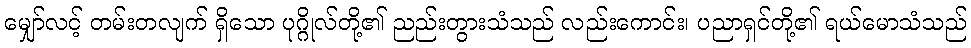
မျှော်လင့် တမ်းတလျက် ရှိသော ပုဂ္ဂိုလ်တို့၏ ညည်းတွားသံသည် လည်းကောင်း၊ ပညာရှင်တို့၏ ရယ်မောသံသည်